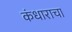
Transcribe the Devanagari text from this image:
कंधाराचा